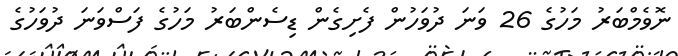
ނޮވެމްބަރު މަހުގެ 26 ވަނަ ދުވަހުން ފެށިގެން ޑިސެންބަރު މަހުގެ ފަސްވަނަ ދުވަހުގެ